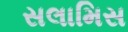
સલામિસ